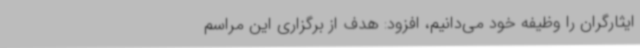
ایثارگران را وظیفه خود می‌دانیم، افزود: هدف از برگزاری این مراسم